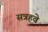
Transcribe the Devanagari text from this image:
सत्रहवे